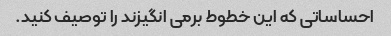
احساساتی که این خطوط برمی انگیزند را توصیف کنید.